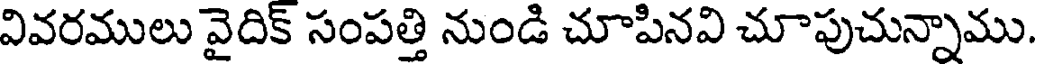
వివరములు వైదిక్ సంపత్తి నుండి చూపినవి చూపుచున్నాము.